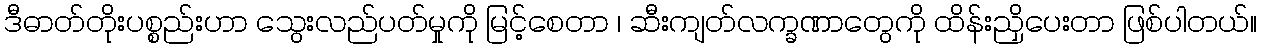
ဒီဓာတ်တိုးပစ္စည်းဟာ သွေးလည်ပတ်မှုကို မြင့်စေတာ ၊ ဆီးကျတ်လက္ခဏာတွေကို ထိန်းညှိပေးတာ ဖြစ်ပါတယ်။